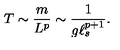
T \sim \frac { m } { L ^ { p } } \sim \frac { 1 } { g \ell _ { s } ^ { p + 1 } } .